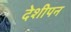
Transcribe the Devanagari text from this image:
देशीपन